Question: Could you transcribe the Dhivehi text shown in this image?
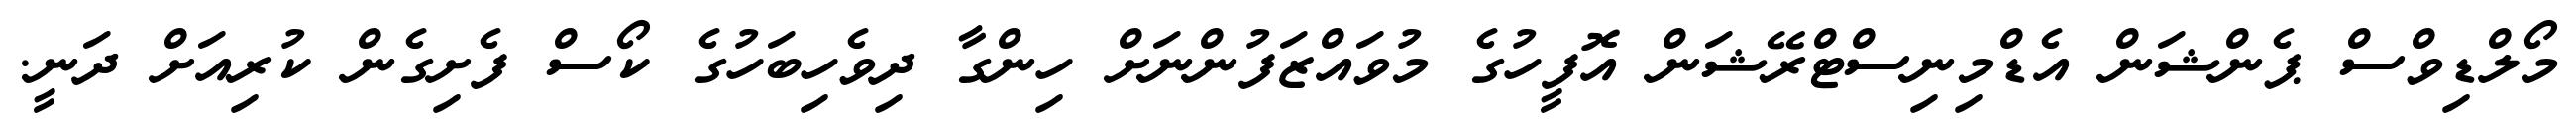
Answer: މޯލްޑިވްސް ޕެންޝަން އެޑްމިނިސްޓްރޭޝަން އޮފީހުގެ މުވައްޒަފުންނަށް ހިންގާ ދިވެހިބަހުގެ ކޯސް ފެށިގެން ކުރިއަށް ދަނީ.